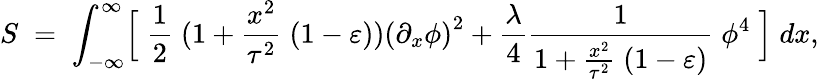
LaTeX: S\; =\; \int_{-\infty}^{\infty}\Bigl[\; {\frac{1}{2}}\; (1+{\frac{x^{2}}{\tau^{2}}}\; (1-\varepsilon))\left({\partial_{x}\phi}\right)^{2}+{\frac{\lambda}{4}}{\frac{1}{1+{\frac{x^{2}}{\tau^{2}}}\; (1-\varepsilon)}}\; \phi^{4}\; \Bigr]\; dx,